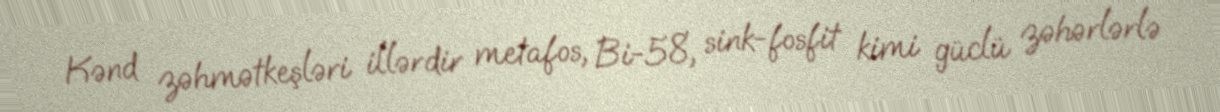
Kənd zəhmətkeşləri illərdir metafos, Bi-58, sink-fosfit kimi güclü zəhərlərlə